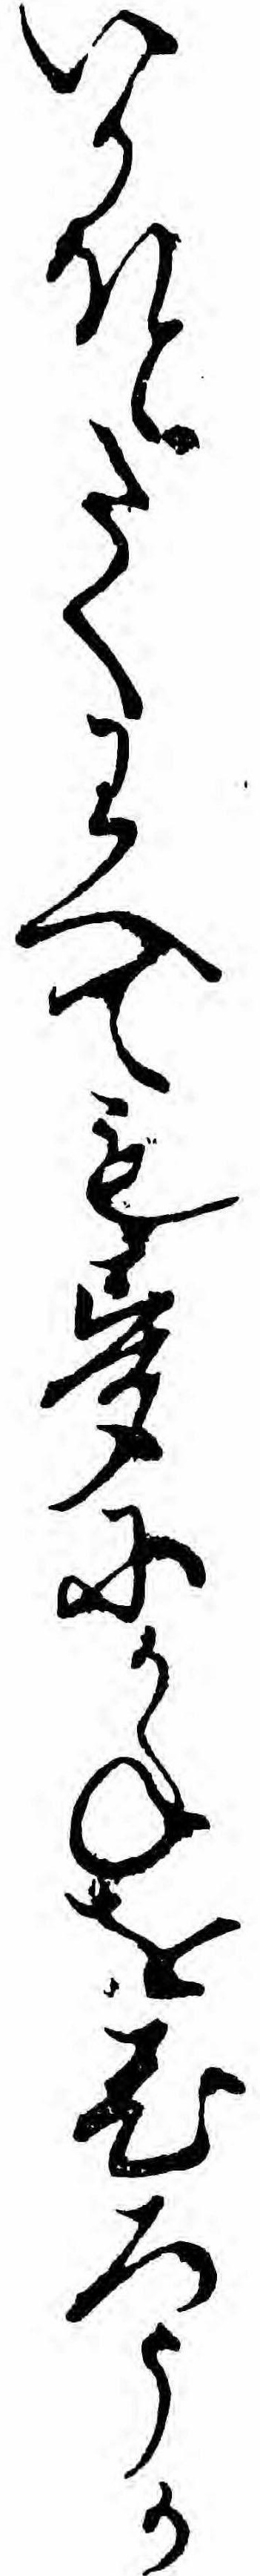
いかほとたくわへても夢にかねをひろうか